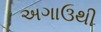
અગાઉથી